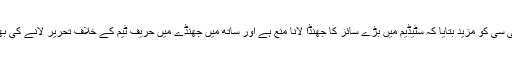
بی سی بی نے آئی سی سی کو مزید بتایا کہ سٹیڈیم میں بڑے سائز کا جھنڈا لانا منع ہے اور ساتھ میں جھنڈے میں حریف ٹیم کے خلاف تحریر لانے کی بھی اجازت نہیں ہوگی۔